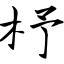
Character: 杼